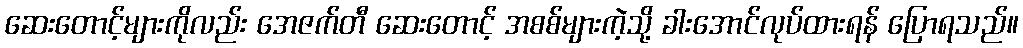
ဆေးတောင့်များကိုလည်း အေဇက်တီ ဆေးတောင့် အစစ်များကဲ့သို့ ခါးအောင်လုပ်ထားရန် ပြောရသည်။